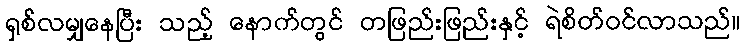
ရှစ်လမျှနေပြီး သည့် နောက်တွင် တဖြည်းဖြည်းနှင့် ရဲစိတ်ဝင်လာသည်။